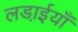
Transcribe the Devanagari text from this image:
लडा़ईयाँ